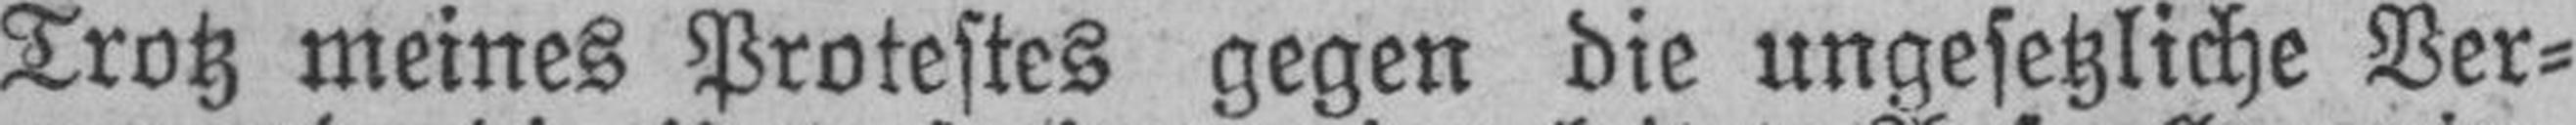
Trotz meines Protestes gegen die ungesetzliche Ver¬